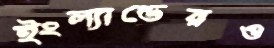
ইংল্যান্ডেরও